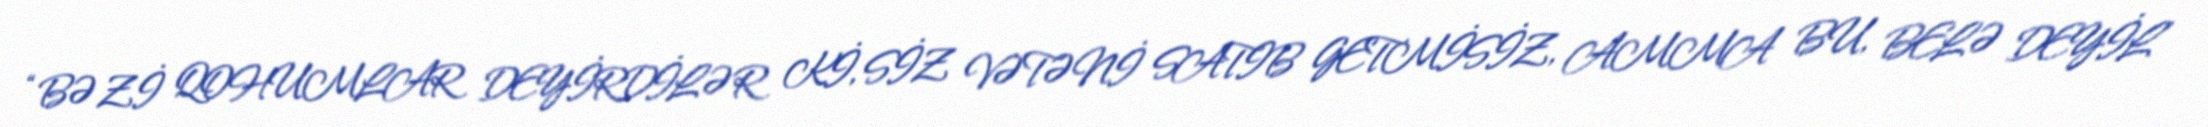
“BƏZİ QOHUMLAR DEYİRDİLƏR Kİ, SİZ VƏTƏNİ SATIB GETMİSİZ, AMMA BU, BELƏ DEYİL”